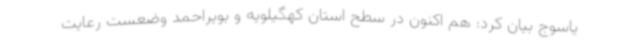
یاسوج بیان کرد: هم اکنون در سطح استان کهگیلویه و بویراحمد وضعست رعایت